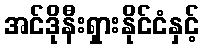
အင်ဒိုနီးရှားနိုင်ငံနှင့်